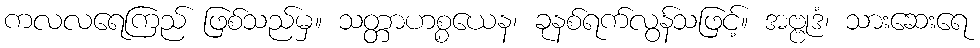
ကလလရေကြည် ဖြစ်သည်မှ။ သတ္တာဟစ္စယေန၊ ခုနစ်ရက်လွန်သဖြင့်။ အဗ္ဗုဒံ၊ သားဆေးရေ